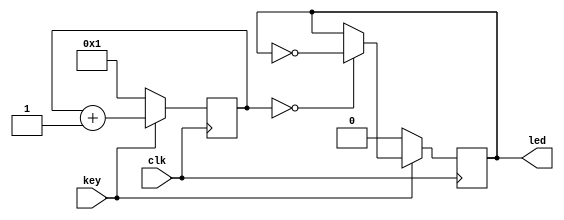
module clock_divider (
    input key,
    input clk,
    output reg led
);

    // we will need one register to keep the clock count number
    reg [22:0] count;
    always @(posedge clk) begin
        if (key) begin
            if (count == 0) begin
                led <= ~led;
            end
            count <= count + 1;  
        end else begin
            led <= 0;
            count <= 1;
        end
    end

endmodule